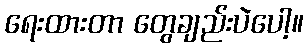
ရေးထားတာ တွေချည်းပဲပေါ့။